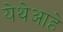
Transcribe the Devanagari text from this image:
येथेआहे